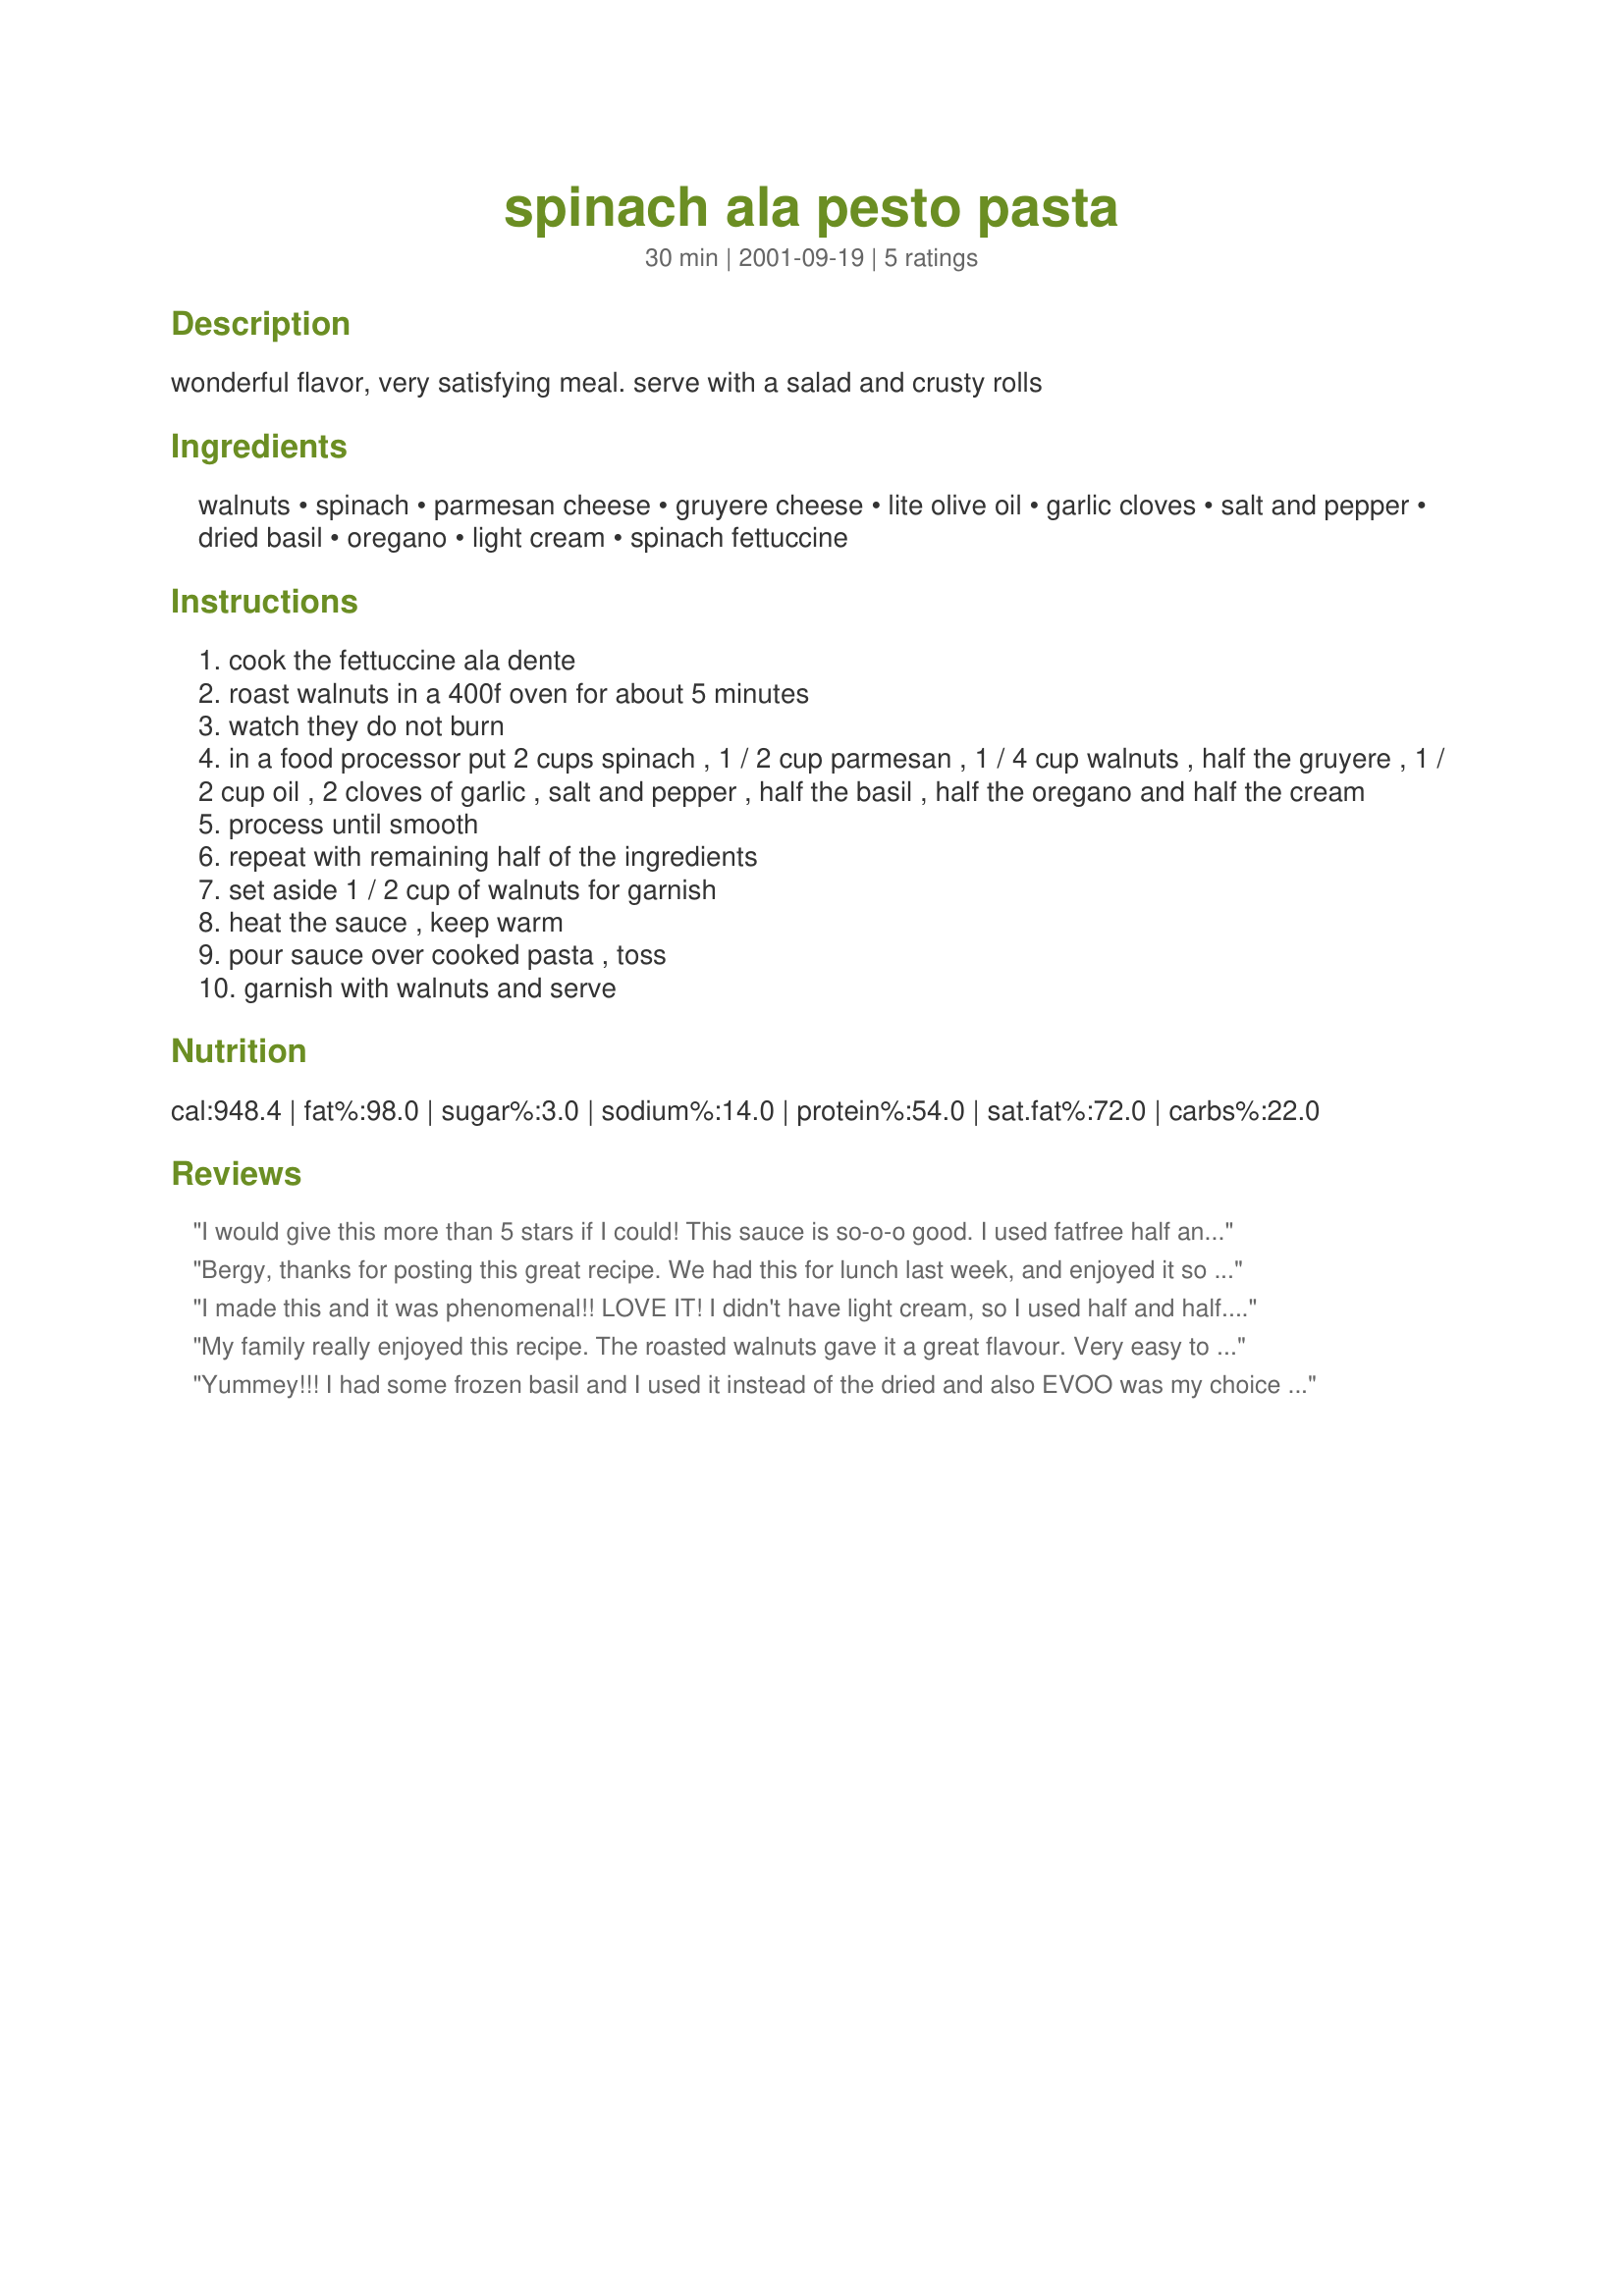
spinach ala pesto pasta
Preparation time: 30 minutes

wonderful flavor, very satisfying meal. serve with a salad and crusty rolls

Ingredients:
walnuts, spinach, parmesan cheese, gruyere cheese, lite olive oil, garlic cloves, salt and pepper, dried basil, oregano, light cream, spinach fettuccine

Steps:
cook the fettuccine ala dente
roast walnuts in a 400f oven for about 5 minutes
watch they do not burn
in a food processor put 2 cups spinach , 1 / 2 cup parmesan , 1 / 4 cup walnuts , half the gruyere , 1 / 2 cup oil , 2 cloves of garlic , salt and pepper , half the basil , half the oregano and half the cream
process until smooth
repeat with remaining half of the ingredients
set aside 1 / 2 cup of walnuts for garnish
heat the sauce , keep warm
pour sauce over cooked pasta , toss
garnish with walnuts and serve

Reviews:
I would give this more than 5 stars if I could! This sauce is so-o-o good. I used fatfree half and half and cut the olive oil amount in half and it didn't take away from the sauce, except in calories and fat. I used vegatable flavored bowties as that was what I had. This is a light, flavorful sauce and would be good with shrimp, too. Thanks, Carole in Orlando
Bergy, thanks for posting this great recipe. We had this for lunch last week, and enjoyed it so much. This is so easy make, and your directions were easy to follow. I loved the flavor of the spinach and walnuts and basil. I will make this one again for sure. Thanks!
I made this and it was phenomenal!! LOVE IT! I didn't have light cream, so I used half and half. I used 6 cloves of garlic instead of 4 since I love garlic and I used pine nuts instead of walnuts for the more traditional pesto flavor. I also opted for the EVOO. Yum!
My family really enjoyed this recipe. The roasted walnuts gave it a great flavour. Very easy to make as well. Thanks.
Yummey!!! I had some frozen basil and I used it instead of the dried and also EVOO was my choice for the oil.I left out the cream as I really liked it the way it tasted without. I was delighted to see my one year old enjoying it as well,what better to give her than raw spinach. I wonder if I can use this pesto. On bread is also great. Thanks for sharing a new fav.
